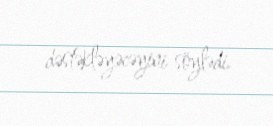
dəstəkləyəcəyini söylədi.